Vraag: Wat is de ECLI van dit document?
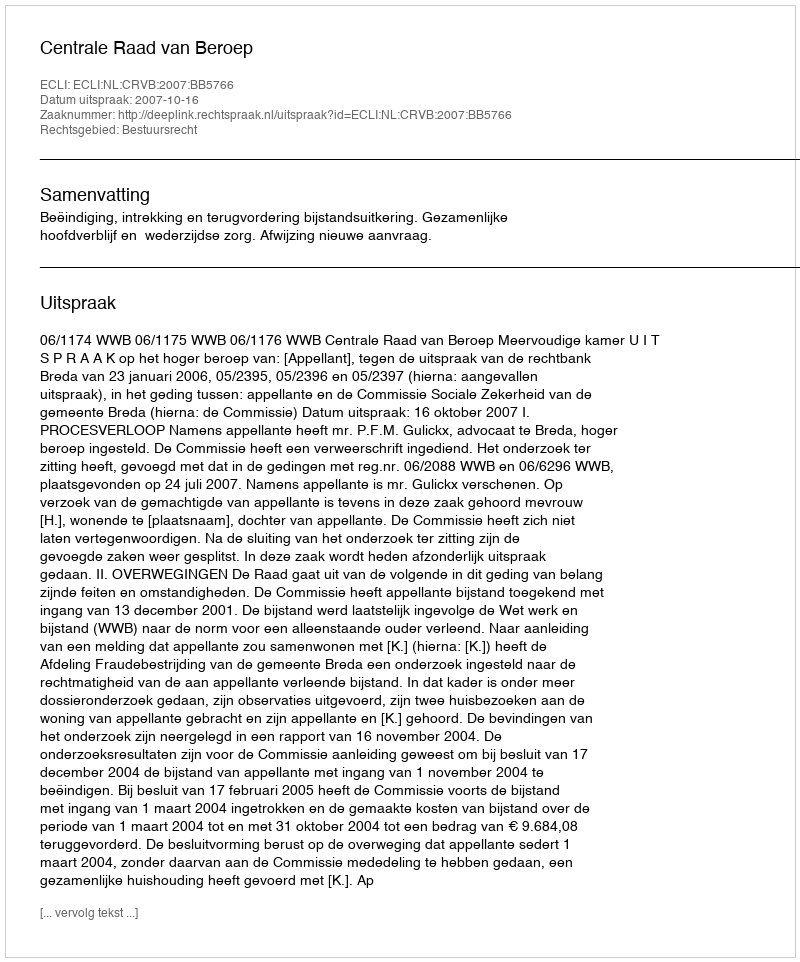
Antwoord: ECLI:NL:CRVB:2007:BB5766